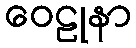
ဝေဠုနာ